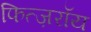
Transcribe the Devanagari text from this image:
फित्ज़रॉय